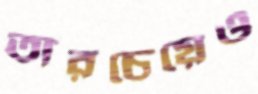
তারচেয়েও